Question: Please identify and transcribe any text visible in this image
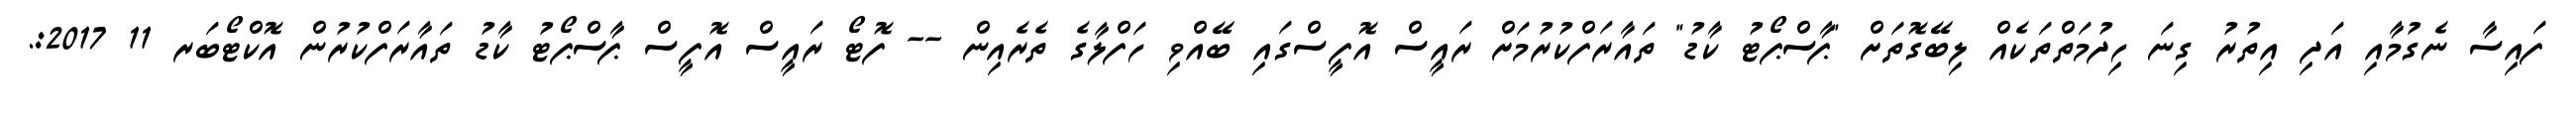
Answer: ފައިސާ ނެގުމާއި އަދި އިތުރު ގިނަ ހިދުމަތްތަކެއް ލިބޭގޮތަށް "ޕާސްޕޯޓު ކާޑު" ތައާރަފްކުރުމަށް ރައީސް އޮފީސްގައި ބޭއްވި ހަފްލާގެ ތެރެއިން -- ފޮޓޯ ރައީސް އޮފީސް ޕާސްޕޯޓު ކާޑު ތައާރަފްކުރުން އޮކްޓޯބަރ 11 2017:.